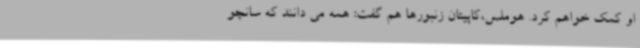
او کمک خواهم کرد. هوملس،کاپیتان زنبورها هم گفت: همه می دانند که سانچو